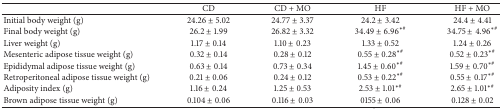
|  | CD | CD + MO | HF | HF + MO |
 | --- | --- | --- | --- | --- |
 | Initial body weight (g) | 24.26 ± 5.02 | 24.77 ± 3.37 | 24.2 ± 3.42 | 24.4 ± 4.41 |
 | Final body weight (g) | 26.2 ± 1.99 | 26.82 ± 3.32 | 34.49 ± 6.96∗# | 34.75 ± 4.96∗# |
 | Liver weight (g) | 1.17 ± 0.14 | 1.10 ± 0.23 | 1.33 ± 0.52 | 1.24 ± 0.26 |
 | Mesenteric adipose tissue weight (g) | 0.32 ± 0.14 | 0.28 ± 0.12 | 0.55 ± 0.28∗# | 0.52 ± 0.23∗# |
 | Epididymal adipose tissue weight (g) | 0.63 ± 0.14 | 0.73 ± 0.34 | 1.45 ± 0.60∗# | 1.59 ± 0.70∗# |
 | Retroperitoneal adipose tissue weight (g) | 0.21 ± 0.06 | 0.24 ± 0.12 | 0.53 ± 0.22∗# | 0.55 ± 0.17∗# |
 | Adiposity index (g) | 1.16 ± 0.24 | 1.25 ± 0.53 | 2.53 ± 1.01∗# | 2.65 ± 1.01∗# |
 | Brown adipose tissue weight (g) | 0.104 ± 0.06 | 0.116 ± 0.03 | 0155 ± 0.06 | 0.128 ± 0.02 |